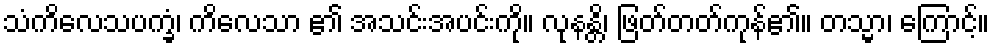
သံကိလေသပက္ခံ၊ ကိလေသာ ၏ အသင်းအပင်းကို။ လုနန္တိ၊ ဖြတ်တတ်ကုန်၏။ တသ္မာ၊ ကြောင့်။